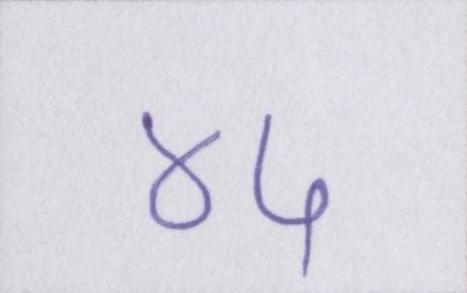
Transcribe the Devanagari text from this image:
४५